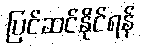
ပြင်ဆင်နိုင်ရန်